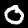
Digit: 0